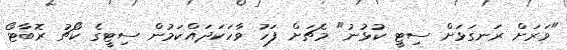
"ވަރަށް ރަނގަޅަށް ސިޓީ ކުޅުނު" މެޗަށް ފަހު ވާހަކަދައްކަމުން ސިޓީގެ ކޯޗު ރޮބާޓޯ